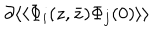
\partial \langle \langle \Phi _ { i } ( z , \bar { z } ) \Phi _ { j } ( 0 ) \rangle \rangle